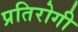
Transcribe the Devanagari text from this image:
प्रतिरोगी